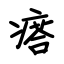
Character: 瘩